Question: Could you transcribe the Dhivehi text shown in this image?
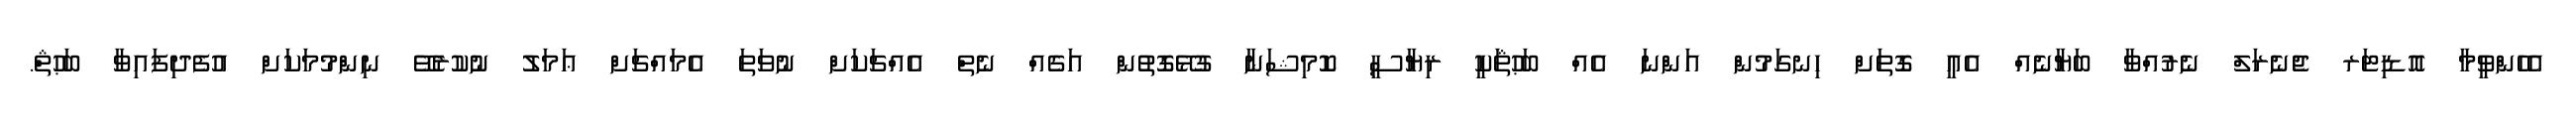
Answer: އެހެންވީމާ އޮޑިޓަރ ޖެނެރަލް ނެރުއްވާ ބަޔާނެއް އެއީ ގޮތަށް ހިނގަމުން އަންނަ އެއް ބަޙުޘަކީ ރިޔާސީ ކޮމިޝަނާ ގުޅޭގޮތުން އަގެއް ނެތް އެއްޗަކަށް ނުވަތަ އެމައްޗަށް ޢަމަލު ނުކުރެވޭ ނިންމުމަކަށް އުފެދިފައިވާ ބަޙުޘް.